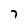
Character: 7